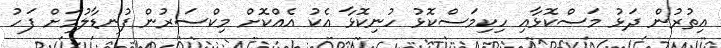
އިތުރުން ދަޅު މަސްކޮޅާއި ހިކިމަސްކޮޅު ހުނިކޮޅާ އެކު އެއްކޮށް މިކްސަރުން ފުނޑާލުމަށް ފަހު